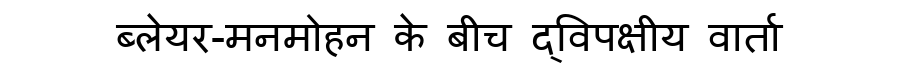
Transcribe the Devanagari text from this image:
ब्लेयर-मनमोहन के बीच द्विपक्षीय वार्ता